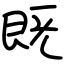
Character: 既